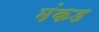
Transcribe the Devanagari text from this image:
मंकड